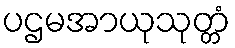
ပဌမအာယုသုတ္တံ